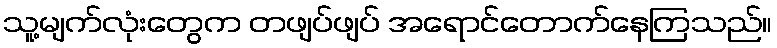
သူ့မျက်လုံးတွေက တဖျပ်ဖျပ် အရောင်တောက်နေကြသည်။